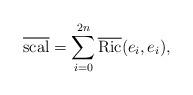
LaTeX: \begin{align*}\overline{\mathrm{scal}}=\sum_{i=0}^{2n} \overline{\mathrm{Ric}}(e_i,e_i),\end{align*}